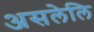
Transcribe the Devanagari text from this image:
असलेलि